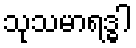
သုသမာရဒ္ဓါ